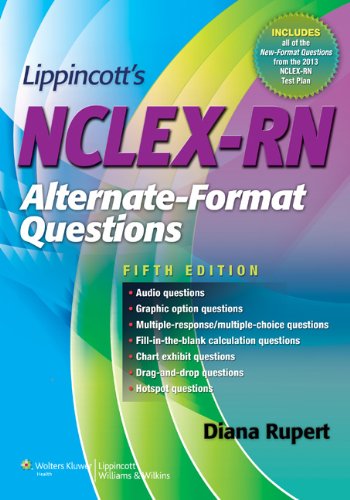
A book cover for Lippincott's NCLEX-RN Alternate-Format Questions 5e (Point (Lippincott Williams & Wilkins)); Diana L. Rupert RN  MSN  PhD; Test Preparation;